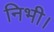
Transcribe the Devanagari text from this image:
निभी।